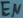
Text: EN